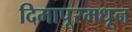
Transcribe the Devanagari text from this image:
दिमापूरमधून